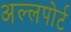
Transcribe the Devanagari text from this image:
अल्लपोर्ट